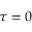
\tau = 0